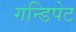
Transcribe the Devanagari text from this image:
गन्डिपेट